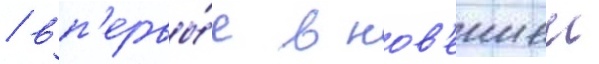
/ вп'ервы́е в нов'еишеи